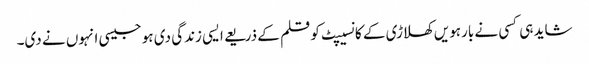
شاید ہی کسی نے بارہویں کھلاڑی کے کانسیپٹ کو قلم کے ذریعے ایسی زندگی دی ہو جیسی انہوں نے دی۔